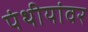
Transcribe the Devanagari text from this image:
पंथीयांवर